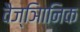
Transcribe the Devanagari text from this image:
वैज्ञिानिक